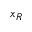
x _ { R }